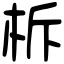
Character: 柝